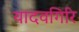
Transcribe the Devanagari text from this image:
यादवगिरि